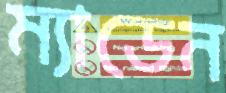
ম্যাডেন